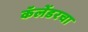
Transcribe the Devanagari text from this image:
कॅलेंडरचा